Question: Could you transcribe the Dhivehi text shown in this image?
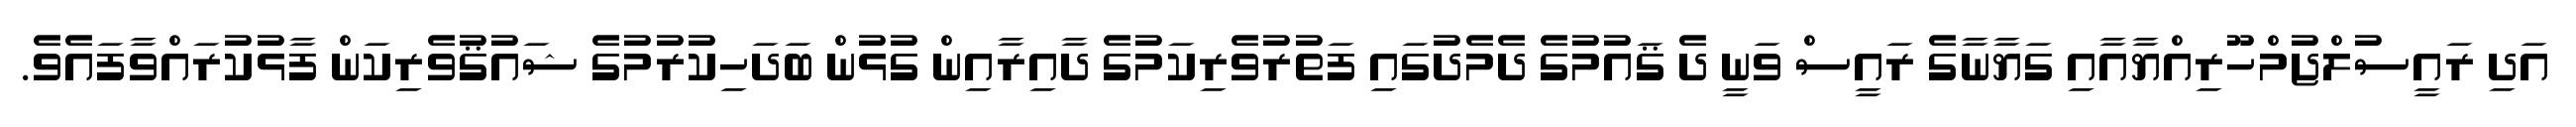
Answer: އަދި ރައީސުލްޖުމްހޫރިއްޔާއާއި ގަޔާނާގެ ރައީސް ވަނީ ދެ ޤައުމުގެ ދެމެދުގައި ފަތުރުވެރިކަމުގެ ދާއިރާއިން ގުޅުން ބަދަހިކުރުމުގެ ޝައުޤުވެރިކަން ފާޅުކުރައްވާފައެވެ.